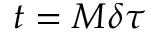
t = M \delta \tau